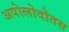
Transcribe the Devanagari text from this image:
अपोलोदोतस